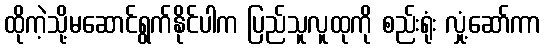
ထိုကဲ့သို့မဆောင်ရွက်နိုင်ပါက ပြည်သူလူထုကို စည်းရုံး လှုံ့ဆော်ကာ